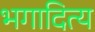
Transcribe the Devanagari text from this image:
भगादित्य